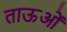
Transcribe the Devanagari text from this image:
ताऊओं